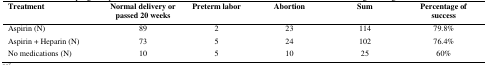
<table><thead><tr><td><b>Treatment </b></td><td><b>Normal delivery or passed 20 weeks </b></td><td><b>Preterm labor</b></td><td><b>Abortion </b></td><td><b>Sum </b></td><td><b>Percentage of success</b></td></tr></thead><tbody><tr><td>Aspirin (N)</td><td>89</td><td>2</td><td>23</td><td>114</td><td>79.8%</td></tr><tr><td>Aspirin + Heparin (N)</td><td>73</td><td>5</td><td>24</td><td>102</td><td>76.4%</td></tr><tr><td>No medications (N)</td><td>10</td><td>5</td><td>10</td><td>25</td><td>60%</td></tr></tbody></table>